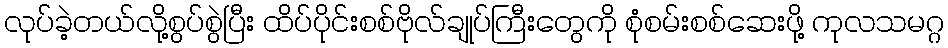
လုပ်ခဲ့တယ်လို့စွပ်စွဲပြီး ထိပ်ပိုင်းစစ်ဗိုလ်ချုပ်ကြီးတွေကို စုံစမ်းစစ်ဆေးဖို့ ကုလသမဂ္ဂ